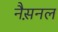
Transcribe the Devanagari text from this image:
नैस़नल